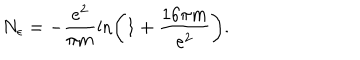
LaTeX: N _ { \epsilon } = - \frac { e ^ { 2 } } { \pi m } \ln \left( 1 + \frac { 1 6 \pi m } { e ^ { 2 } } \right) .